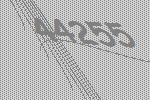
44255